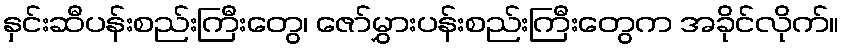
နှင်းဆီပန်းစည်းကြီးတွေ၊ ဇော်မွှားပန်းစည်းကြီးတွေက အခိုင်လိုက်။